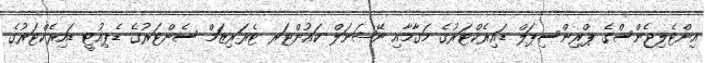
އިންޓެލިޖެންސްގެ ޕްރިންސިޕަލް ޑައިރެކްޓަރުގެ މަގާމާއި ނޭޝަނަލް ކައުންޓަރ ޓެރަރިޒަމް ސެންޓަރުގެ ޑެޕިއުޓީ ޑައިރެކްޓަރުގެ